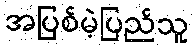
အပြစ်မဲ့ပြည်သူ